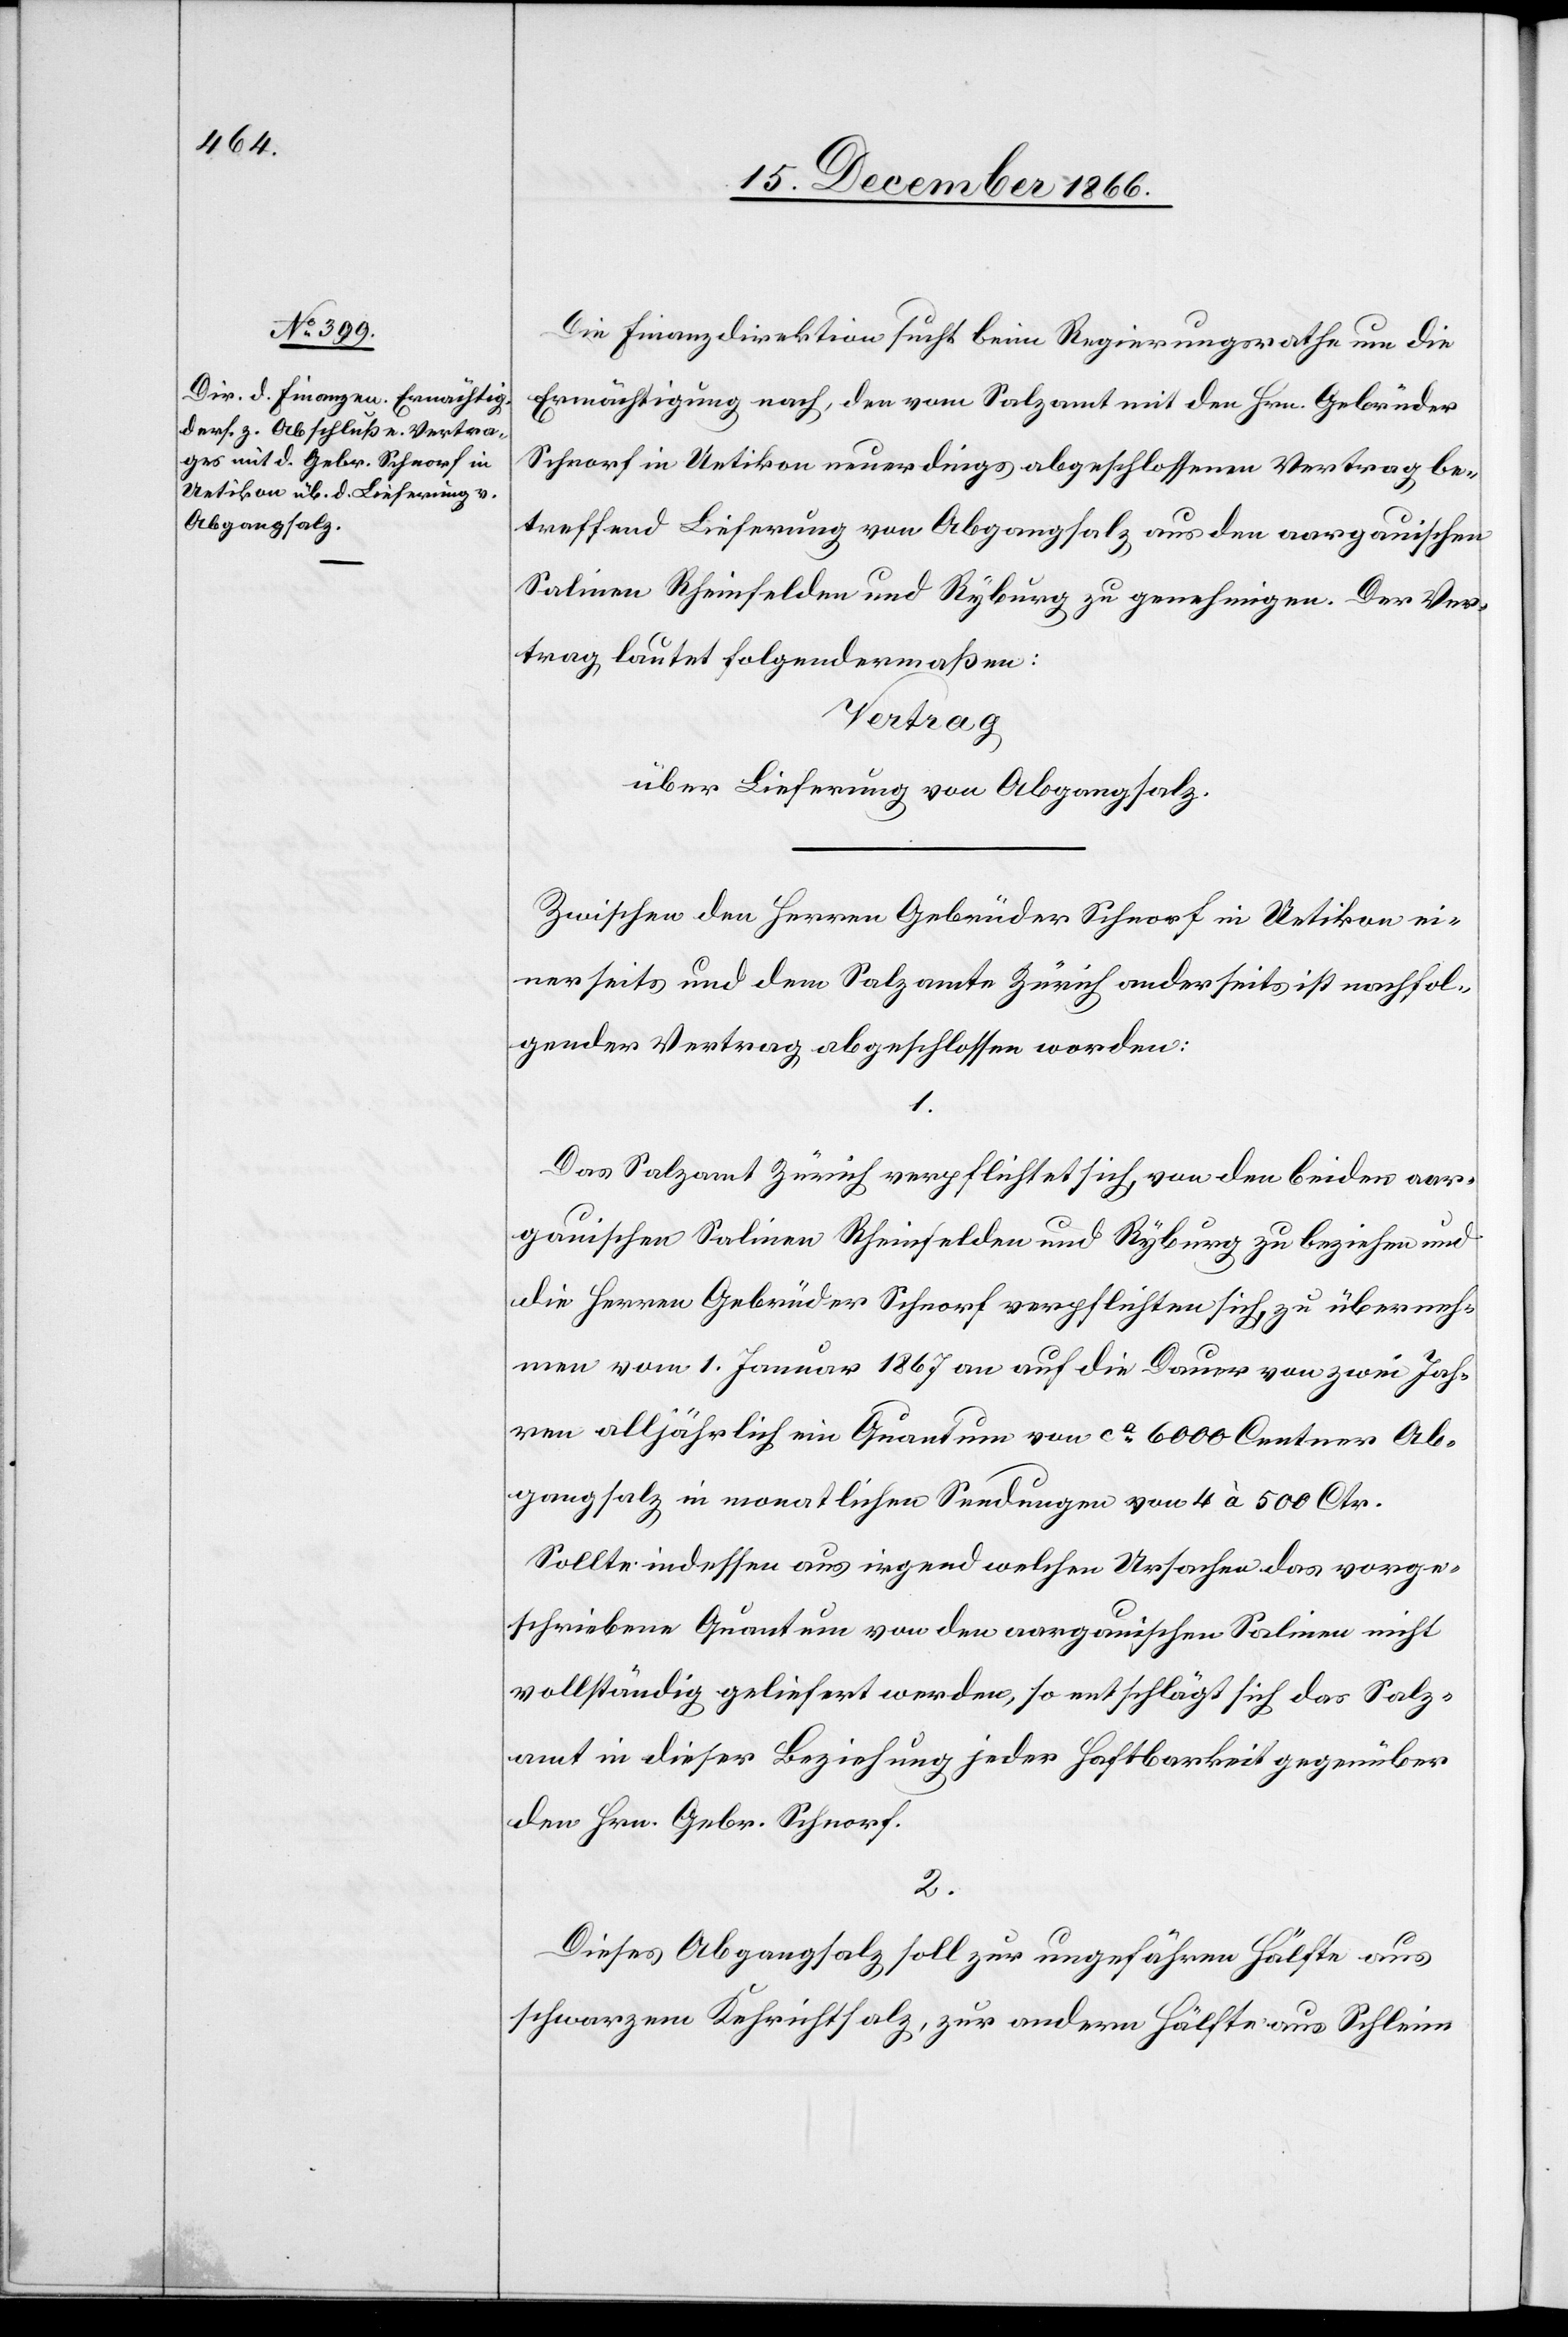
Die Finanzdirektion sucht beim Regierungsrathe um die
Ermächtigung nach, den vom Salzamt mit den Hrn. Gebrüder
Schnorf in Uetikon neuerdings abgeschlossenen Vertrag be¬
treffend Lieferung von Abgangsalz aus den aargauischen
Salinen Rheinfelden und Ryburg zu genehmigen. Der Ver¬
trag lautet folgendermaßen:
Vertrag
über Lieferung von Abgangsalz.
Zwischen den Herren Gebrüder Schnorf in Uetikon ei¬
nerseits und dem Salzamte Zürich anderseits ist nachfol¬
gender Vertrag abgeschlossen worden:
Das Salzamt Zürich verpflichtet sich, von den beiden aar¬
gauischen Salinen Rheinfelden und Ryburg zu beziehen und
die Herren Gebrüder Schnorf verpflichten sich, zu überneh¬
men vom 1. Januar 1867 an auf die Dauer von zwei Jah¬
ren alljährlich ein Quantum von ca. 6000 Centner Ab¬
gangsalz in monatlichen Sendungen von 4 à 500 Ctr.
Sollte indessen aus irgend welchen Ursachen das vorge¬
schriebene Quantum von den aargauischen Salinen nicht
vollständig geliefert werden, so entschlägt sich das Salz¬
amt in dieser Beziehung jeder Haftbarkeit gegenüber
den Hrn. Gebr. Schnorf.
2.
Dieses Abgangsalz soll zur ungefähren Hälfte auf
schwarzem Kehrichtsalz, zur andern Hälfte aus Schleim-